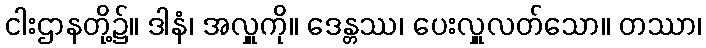
ငါးဌာနတို့၌။ ဒါနံ၊ အလှူကို။ ဒေန္တဿ၊ ပေးလှူလတ်သော။ တဿာ၊